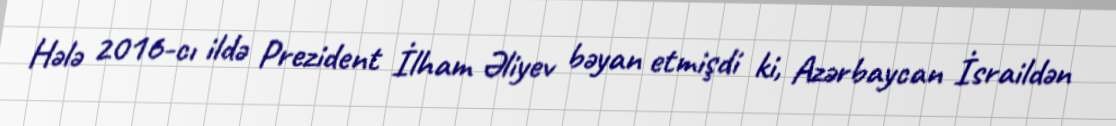
Hələ 2016-cı ildə Prezident İlham Əliyev bəyan etmişdi ki, Azərbaycan İsraildən